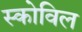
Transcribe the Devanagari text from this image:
स्कोविल